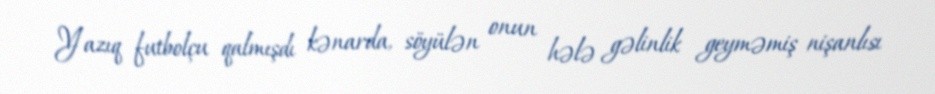
Yazıq futbolçu qalmışdı kənarda, söyülən onun hələ gəlinlik geyməmiş nişanlısı